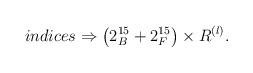
\begin{align*}indices\Rightarrow \left( 2_B^{15}+2_F^{15}\right) \times R^{\left( l\right)}. \end{align*}